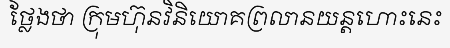
ថ្លែងថា ក្រុមហ៊ុនវិនិយោគព្រលានយន្តហោះនេះ